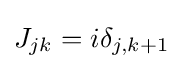
J_{jk}=i\delta _{j,k+1}